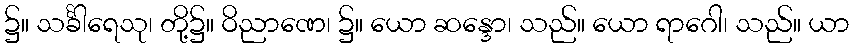
၌။ သင်္ခါရေသု၊ တို့၌။ ဝိညာဏေ၊ ၌။ ယော ဆန္ဒော၊ သည်။ ယော ရာဂေါ၊ သည်။ ယာ